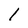
Character: l